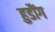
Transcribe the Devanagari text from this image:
हुडौंग